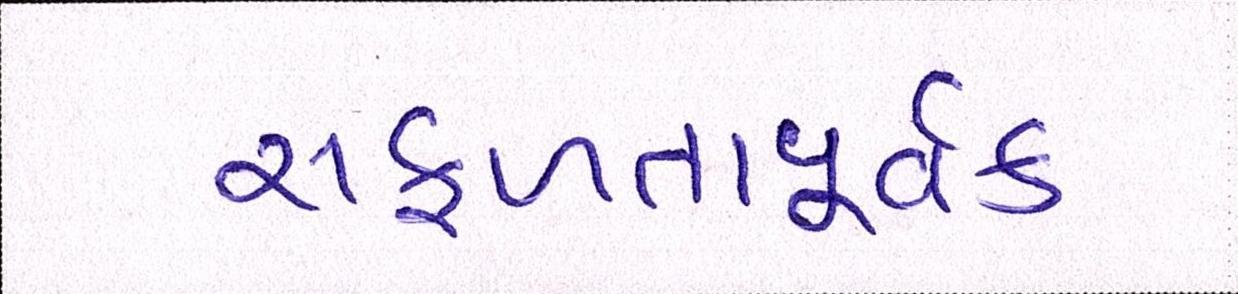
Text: સફળતાપૂર્વક